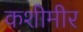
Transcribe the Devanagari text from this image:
कशीमीर